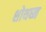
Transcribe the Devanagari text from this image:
शोथघ्न